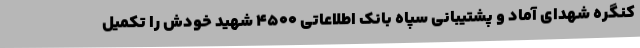
کنگره شهدای آماد و پشتیبانی سپاه بانک اطلاعاتی 4500 شهید خودش را تکمیل